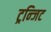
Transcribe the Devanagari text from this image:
ट्रन्जिट